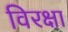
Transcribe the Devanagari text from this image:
विरक्षा